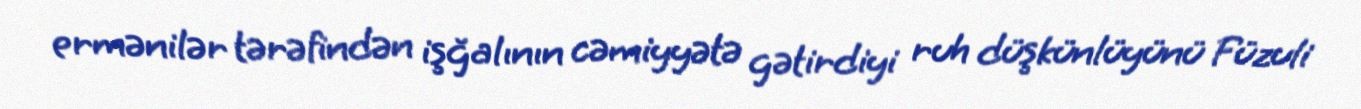
ermənilər tərəfindən işğalının cəmiyyətə gətirdiyi ruh düşkünlüyünü Füzuli